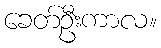
ခေတ်ဦးကာလ။